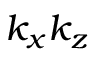
k _ { x } k _ { z }